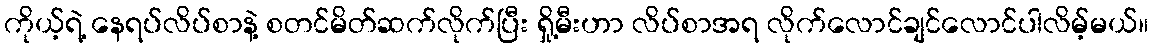
ကိုယ့်ရဲ့ နေရပ်လိပ်စာနဲ့ စတင်မိတ်ဆက်လိုက်ပြီး ရှို့မီးဟာ လိပ်စာအရ လိုက်လောင်ချင်လောင်ပါလိမ့်မယ်။